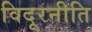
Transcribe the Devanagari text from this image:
विदूरनीति